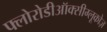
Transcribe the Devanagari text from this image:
फ्लोरोडीऑक्सीग्लूकोज़